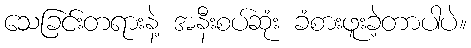
သေခြင်းတရားနဲ့ အနီးစပ်ဆုံး ခံစားဖူးခဲ့တာပါပဲ။